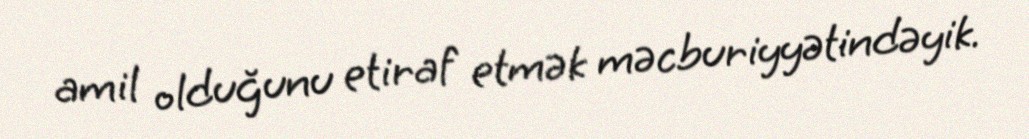
amil olduğunu etiraf etmək məcburiyyətindəyik.